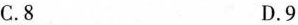
C.8 D.9